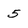
Character: 5